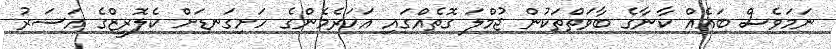
ނަމަވެސް ބައެއް ކާނާގެ ބާވަތްތަކުން ޖުމްލަ ގޮތެއްގައި އަހަރެމެންގެ ހަށިގަނޑަށް ކެލޮރީޒްގެ އަސަރު